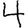
Digit: 4